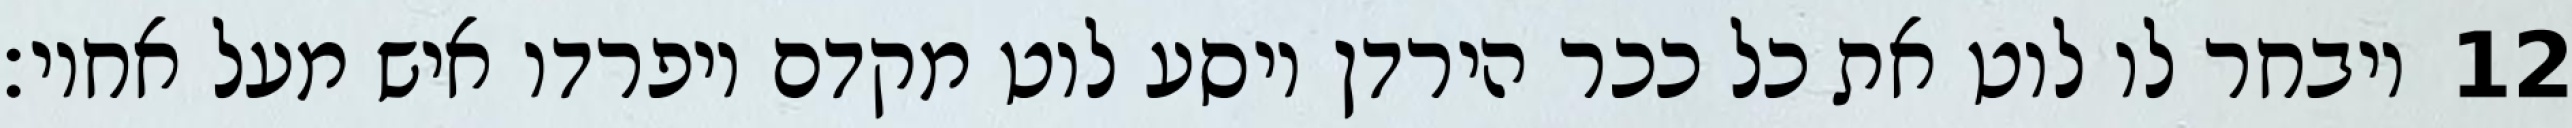
ויבחר לו לוט את כל ככר הירדן ויסע לוט מקדם ויפרדו איש מעל אחיו׃ ‎12‏